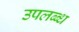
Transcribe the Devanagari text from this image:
उपलब्ब्ध